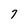
Character: 7